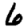
Digit: 6